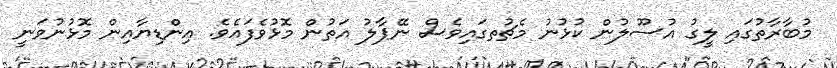
މުބާރާތުގައި ލީގު އުސޫލުން ކުޅުނު މެޗުތގައިވެސް ނޭޕާލު އަތުން މޮޅުވެފައެވެ. އިންޑިޔާއިން މޮޅުނުވަނީ